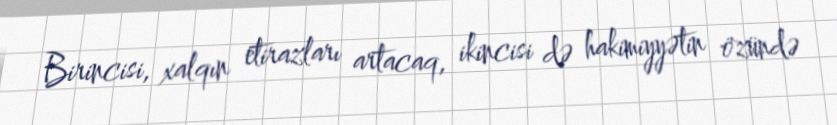
Birincisi, xalqın etirazları artacaq, ikincisi də hakimiyyətin özündə